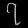
Digit: ၇